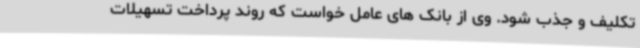
تکلیف و جذب شود. وی از بانک های عامل خواست که روند پرداخت تسهیلات